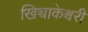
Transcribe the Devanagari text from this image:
खिच्चाकेश्वरी